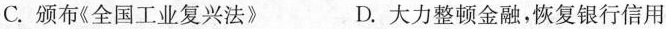
C.颁布《全国工业复兴法》 D.大力整顿金融，恢复银行信用